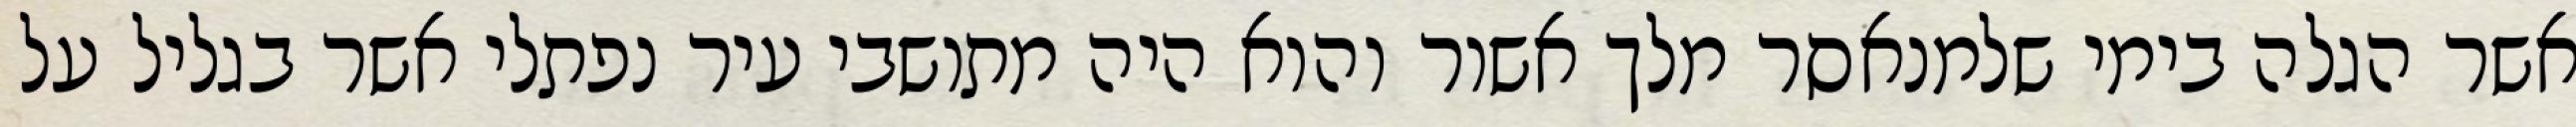
אשר הגלה בימי שלמנאסר מלך אשור והוא היה מתושבי עיר נפתלי אשר בגליל על